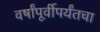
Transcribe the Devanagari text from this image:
वर्षांपूर्वीपर्यंतचा